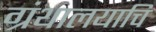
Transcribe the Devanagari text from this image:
ग्रंथालयाचि